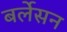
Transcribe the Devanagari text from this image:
बर्लेसन